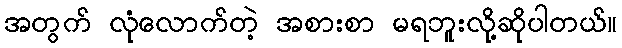
အတွက် လုံလောက်တဲ့ အစားစာ မရဘူးလို့ဆိုပါတယ်။